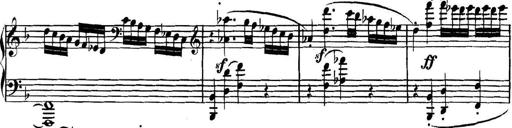
Title: Collected Piano Sonatas
Composer: Muzio Clementi